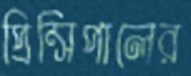
প্রিন্সিপালের